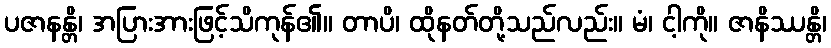
ပဇာနန္တိ၊ အပြားအားဖြင့်သိကုန်၏။ တာပိ၊ ထိုနတ်တို့သည်လည်း။ မံ၊ ငါ့ကို။ ဇာနိဿန္တိ၊